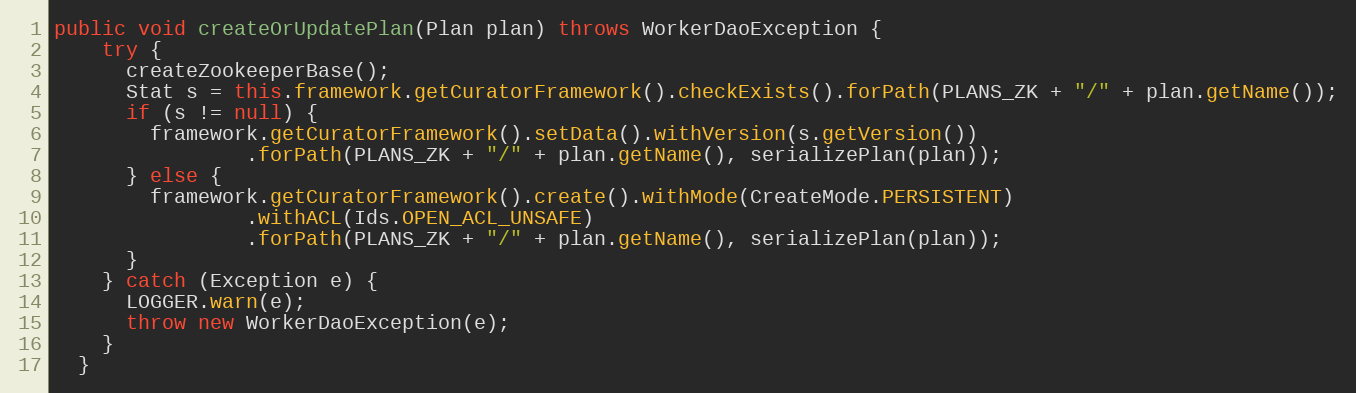
Language: Java
public void createOrUpdatePlan(Plan plan) throws WorkerDaoException {
    try {
      createZookeeperBase();
      Stat s = this.framework.getCuratorFramework().checkExists().forPath(PLANS_ZK + "/" + plan.getName());
      if (s != null) {
        framework.getCuratorFramework().setData().withVersion(s.getVersion())
                .forPath(PLANS_ZK + "/" + plan.getName(), serializePlan(plan));
      } else {
        framework.getCuratorFramework().create().withMode(CreateMode.PERSISTENT)
                .withACL(Ids.OPEN_ACL_UNSAFE)
                .forPath(PLANS_ZK + "/" + plan.getName(), serializePlan(plan));
      }
    } catch (Exception e) {
      LOGGER.warn(e);
      throw new WorkerDaoException(e);
    }
  }